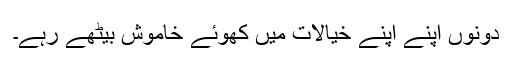
دونوں اپنے اپنے خیالات میں کھوئے خاموش بیٹھے رہے۔